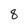
Character: 8